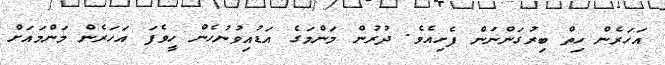
އަހަރެން ހިތް ބިރުގަންނަން ފެށިއެވެ. ދުރުން މަންމަގެ އަޑުއިވުނުހެން ހީވެފަ އަހަރެން މަންމައަށް